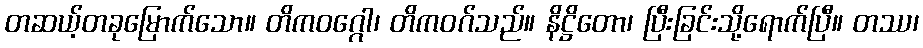
တဆယ့်တခုမြောက်သော။ တိကဝဂ္ဂေါ၊ တိကဝဂ်သည်။ နိဋ္ဌိတော၊ ပြီးခြင်းသို့ရောက်ပြီ။ တဿ၊